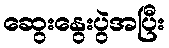
ဆွေးနွေးပွဲအပြီး